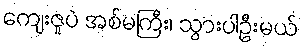
ကျေးဇူပဲ အစ်မကြီး၊ သွားပါဦးမယ်